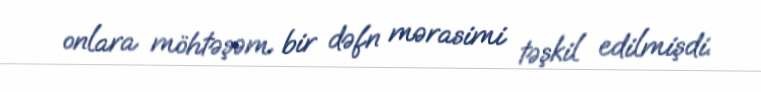
onlara möhtəşəm bir dəfn mərasimi təşkil edilmişdi.